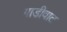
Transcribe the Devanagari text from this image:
गाडीवाट